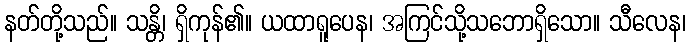
နတ်တို့သည်။ သန္တိ၊ ရှိကုန်၏။ ယထာရူပေန၊ အကြင်သို့သဘောရှိသော။ သီလေန၊